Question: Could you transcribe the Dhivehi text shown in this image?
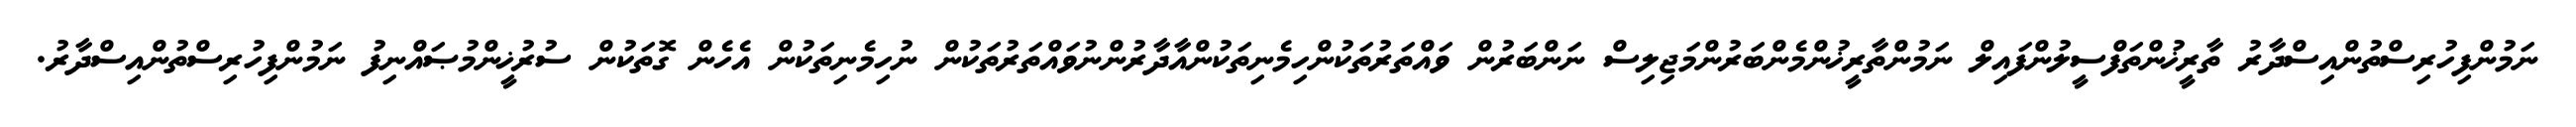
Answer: ނަމުންފިހުރިސްތުންއިސްދާރު ތާރީޚުންތަފްސީލުންފައިލް ނަމުންތާރީޚުންމެންބަރުންމަޖިލިސް ނަންބަރުން ވައްތަރުތަކުންހިމެނިތަކުންއާދާރުންނުވައްތަރުތަކުން ނުހިމެނިތަކުން އެހެން ގޮތަކުން ސުރުޚީންމުޞައްނިފު ނަމުންފިހުރިސްތުންއިސްދާރު.